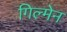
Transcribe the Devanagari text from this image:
गिल्मेन